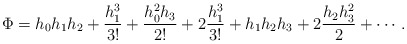
\begin{align*}\Phi=h_{0}h_{1}h_{2}+\frac{h_{1}^{3}}{3!}+\frac{h_{0}^{2}h_{3}}{2!}+2\frac{h_{1}^{3}}{3!}+h_{1}h_{2}h_{3}+2\frac{h_{2}h_{3}^{2}}{2}+\cdots.\end{align*}